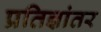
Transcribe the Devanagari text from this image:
प्रतिज्ञांतर